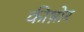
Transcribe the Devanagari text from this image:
कीष़ोर